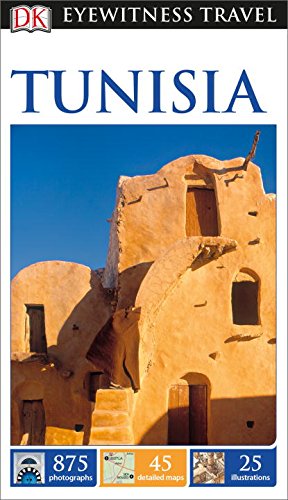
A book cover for DK Eyewitness Travel Guide: Tunisia; DK Publishing; Travel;